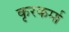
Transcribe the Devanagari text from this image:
कृरकर्मा